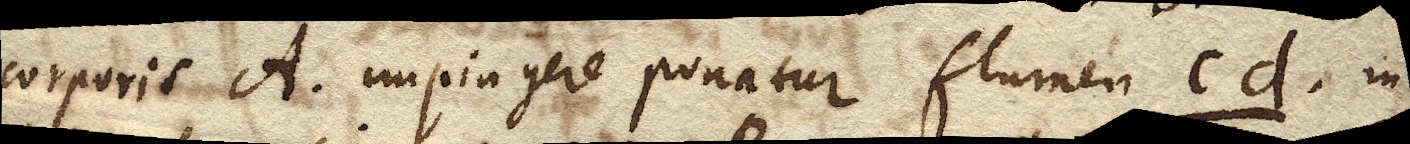
orporis A. impingere ponatur flumen cd. in